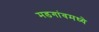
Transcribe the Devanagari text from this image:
मडगांवमध्ये